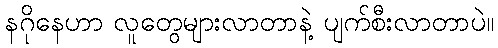
နဂိုနေဟာ လူတွေများလာတာနဲ့ ပျက်စီးလာတာပဲ။